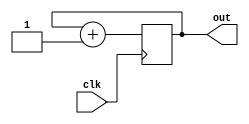
module CounterUp_2bit (input clk, output [1:0] out);


	reg [1:0] cnt;
	
	initial begin
		cnt <= 0;
	end
	
	always @(posedge clk) begin
			
		cnt <= cnt + 1;
	end
	
	assign out = cnt;

endmodule